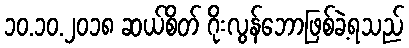
၁၀.၁၀.၂၀၁၈ ဆယ်စိတ် ဂိုးလွန်ဘောဖြစ်ခဲ့ရသည်